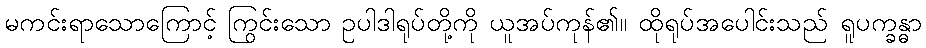
မကင်းရာသောကြောင့် ကြွင်းသော ဥပါဒါရုပ်တို့ကို ယူအပ်ကုန်၏။ ထိုရုပ်အပေါင်းသည် ရူပက္ခန္ဓာ